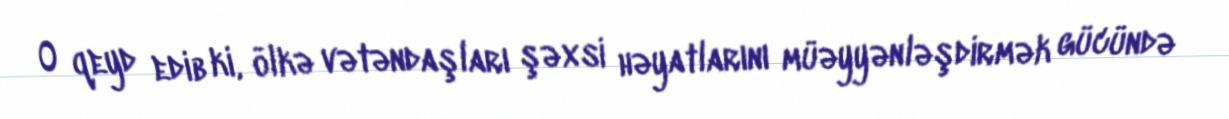
O qeyd edib ki, ölkə vətəndaşları şəxsi həyatlarını müəyyənləşdirmək gücündə